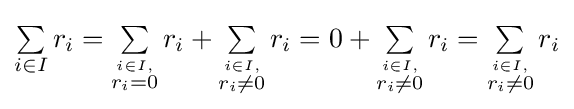
\textstyle \sum \limits _{i\in I}r_{i}=\textstyle \sum \limits _{\stackrel {i\in I,}{r_{i}=0}}r_{i}+\textstyle \sum \limits _{\stackrel {i\in I,}{r_{i}\neq 0}}r_{i}=0+\textstyle \sum \limits _{\stackrel {i\in I,}{r_{i}\neq 0}}r_{i}=\textstyle \sum \limits _{\stackrel {i\in I,}{r_{i}\neq 0}}r_{i}